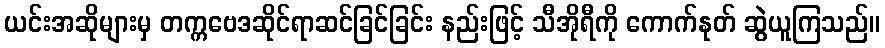
ယင်းအဆိုများမှ တက္ကဗေဒဆိုင်ရာဆင်ခြင်ခြင်း နည်းဖြင့် သီအိုရီကို ကောက်နုတ် ဆွဲယူကြသည်။